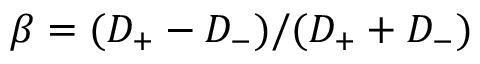
\beta = ( D _ { + } - D _ { - } ) / ( D _ { + } + D _ { - } )